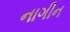
નાગીન